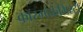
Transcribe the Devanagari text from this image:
कॉस्मोकेमिस्ट्री